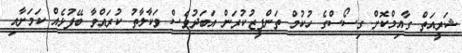
ޝަރީއަތް ގާއިމްކޮށް ގިސޯސްގެ ހުކުމް ތަންފީޒުކުރަން އަބަދުވެސް ވަކާލާތު ކުރައްވާ ބޭފުޅެއް ކަމަށާއި